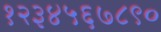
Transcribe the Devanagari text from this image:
१२३४५६७८९०